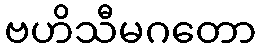
ဗဟိသီမဂတော